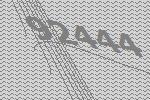
92444